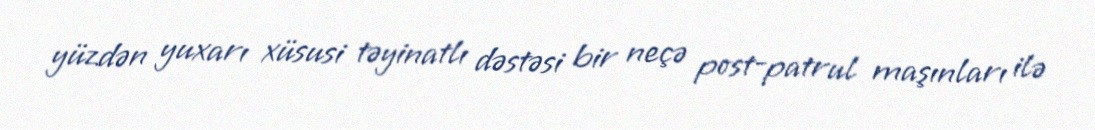
yüzdən yuxarı xüsusi təyinatlı dəstəsi bir neçə post-patrul maşınları ilə